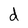
Character: d